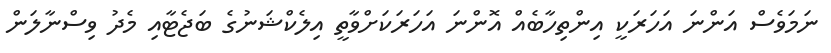
ނަމަވެސް އަންނަ އަހަރަކީ އިންތިހާބެއް އޮންނަ އަހަރަކަށްވާތީ އިލެކްޝަނުގެ ބަޖެޓާއި މެދު ވިސްނާލަން